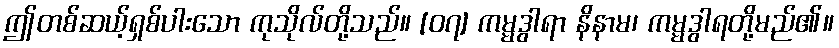
ဤတစ်ဆယ့်ရှစ်ပါးသော ကုသိုလ်တို့သည်။ [၀၇] ကမ္မဒွါရာ နိနာမ၊ ကမ္မဒွါရတို့မည်၏။